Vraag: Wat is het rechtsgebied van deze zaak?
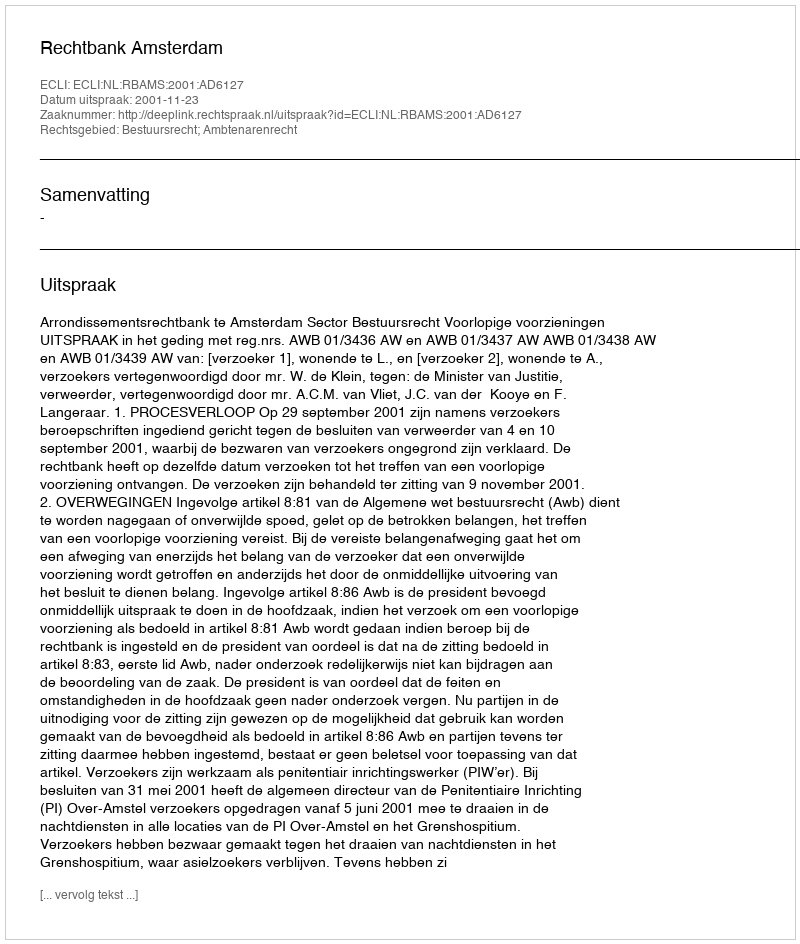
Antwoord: Bestuursrecht; Ambtenarenrecht